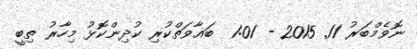
ނޮވެމްބަރު 11